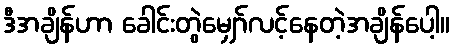
ဒီအချိန်ဟာ ခေါင်းတွဲမျှော်လင့်နေတဲ့အချိန်ပေါ့။